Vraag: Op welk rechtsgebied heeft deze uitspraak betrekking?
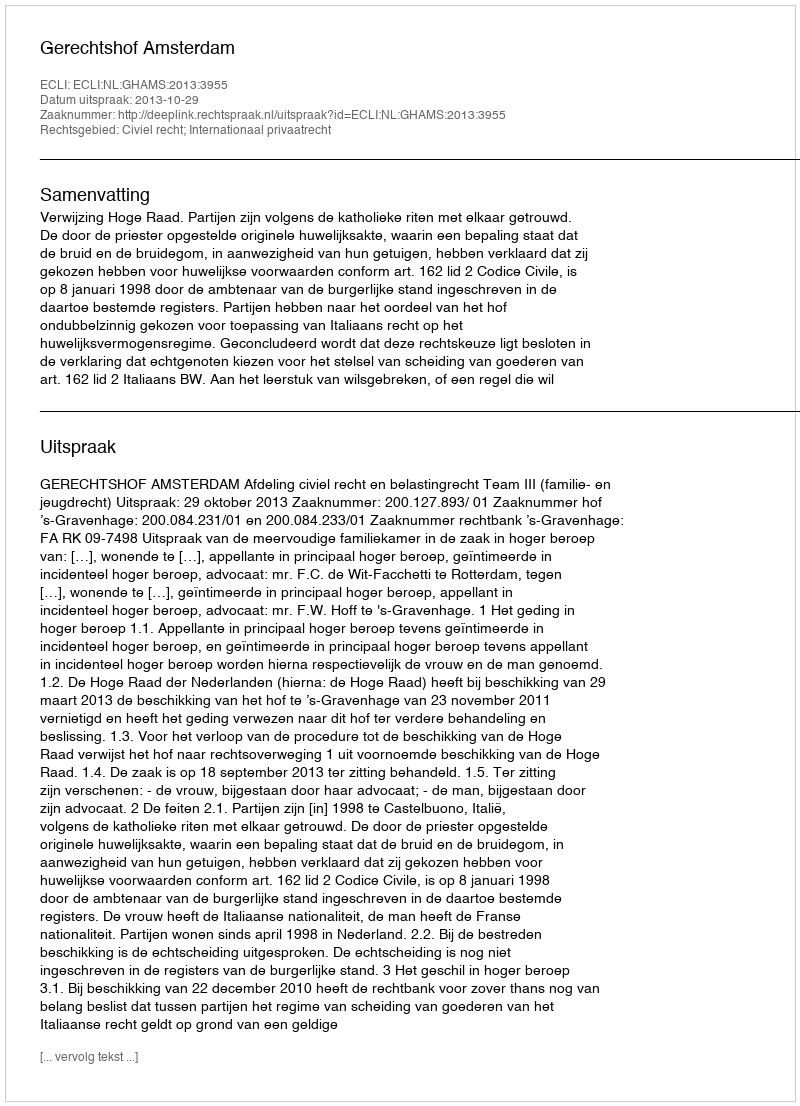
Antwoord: Civiel recht; Internationaal privaatrecht